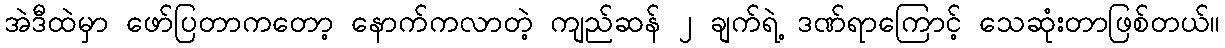
အဲဒီထဲမှာ ဖော်ပြတာကတော့ နောက်ကလာတဲ့ ကျည်ဆန် ၂ ချက်ရဲ့ ဒဏ်ရာကြောင့် သေဆုံးတာဖြစ်တယ်။